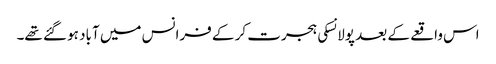
اس واقعے کے بعد پولانسکی ہجرت کر کے فرانس میں آباد ہو گئے تھے۔